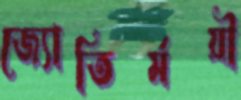
জ্যোতির্ময়ী